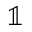
\mathbb { 1 }